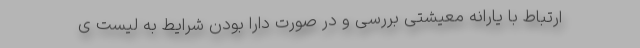
ارتباط با یارانه معیشتی بررسی و در صورت دارا بودن شرایط به لیست ی